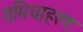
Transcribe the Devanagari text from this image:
समिधाहरण